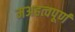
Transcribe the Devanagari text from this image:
मअहत्वपूर्ण